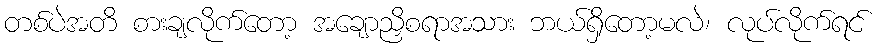
တစ်ပဲအတိ စားချလိုက်တော့ အချောညှိစရာအသား ဘယ်ရှိတော့မလဲ၊ လုပ်လိုက်ရင်